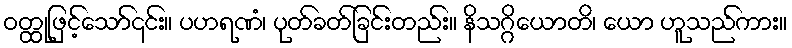
ဝတ္ထုဖြင့်သော်၎င်း။ ပဟရဏံ၊ ပုတ်ခတ်ခြင်းတည်း။ နိသဂ္ဂိယောတိ၊ ယော ဟူသည်ကား။